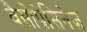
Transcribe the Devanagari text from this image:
वैसोप्रेसिनेज़